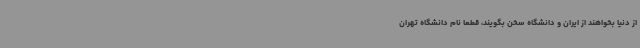
از دنیا بخواهند از ایران و دانشگاه سخن بگویند، قطعاً نام دانشگاه تهران